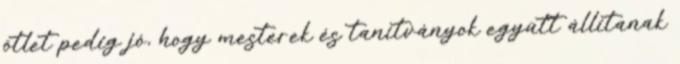
ötlet pedig jó, hogy mesterek és tanítványok együtt állítanak